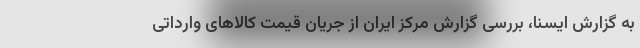
به گزارش ایسنا، بررسی گزارش مرکز ایران از جریان قیمت کالاهای وارداتی